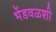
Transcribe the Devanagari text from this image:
भेंडवळशी